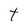
Character: t